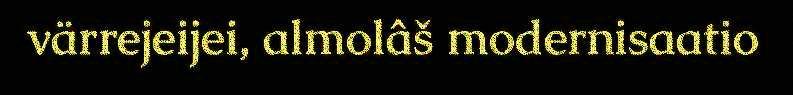
värrejeijei, almolâš modernisaatio